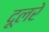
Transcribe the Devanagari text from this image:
दूलरे